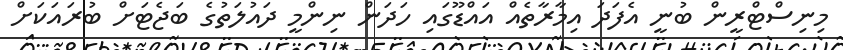
މިނިސްޓްރީން ބުނީ އެފަދަ އިމާރާތެއް އައްޑޫގައި ހަދަން ނިންމީ ދައުލަތުގެ ބަޖެޓަށް ބުރައަކަށް